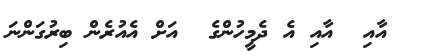
އާއި  އާއި އެ ދެމީހުންގެ  އަށް އެއުރެން ބިރުގަންނަ